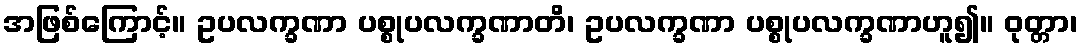
အဖြစ်ကြောင့်။ ဥပလက္ခဏာ ပစ္စုပလက္ခဏာတိ၊ ဥပလက္ခဏာ ပစ္စုပလက္ခဏာဟူ၍။ ဝုတ္တာ၊